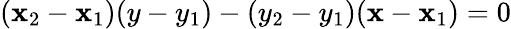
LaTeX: (\mathbf{x}_{2}-\mathbf{x}_{1})(y-y_{1})-(y_{2}-y_{1})(\mathbf{x}-\mathbf{x}_{1})=0